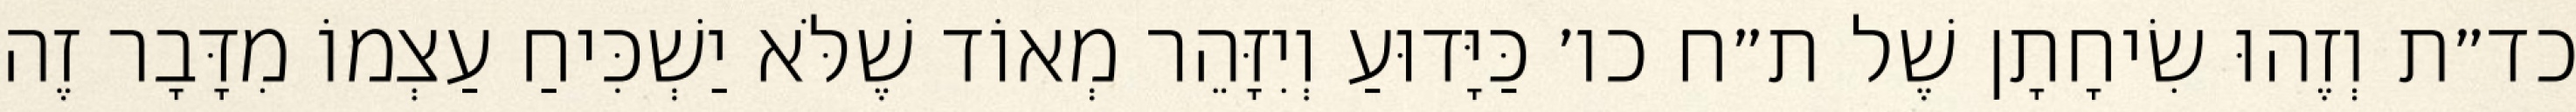
כד״ת וְזֶהוּ שִׂיחָתָן שֶׁל ת״ח כו׳ כַּיָּדוּעַ וְיִזָּהֵר מְאוֹד שֶׁלֹּא יַשְׁכִּיחַ עַצְמוֹ מִדָּבָר זֶה